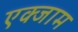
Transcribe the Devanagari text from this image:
एक्जाम